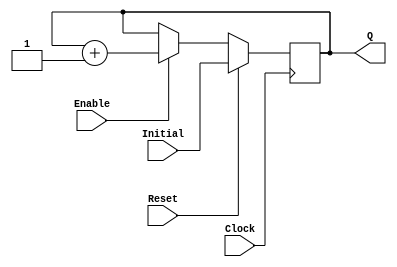
`timescale 1ns / 1ps
//------------------------------------------------
module UPCOUNTER_POSEDGE # (parameter SIZE=16)
(
input wire Clock, Reset,
input wire [SIZE-1:0] Initial,
input wire Enable,
output reg [SIZE-1:0] Q
);


  always @(posedge Clock )
  begin
      if (Reset)
        Q = Initial;
      else
		begin
		if (Enable)
			Q = Q + 1;
			
		end			
  end

endmodule
//----------------------------------------------------
module FFD_POSEDGE_SYNCRONOUS_RESET # ( parameter SIZE=8 )
(
	input wire				Clock,
	input wire				Reset,
	input wire				Enable,
	input wire [SIZE-1:0]	D,
	output reg [SIZE-1:0]	Q
);
	

always @ (posedge Clock) 
begin
	if ( Reset )
		Q <= 0;
	else
	begin	
		if (Enable) 
			Q <= D; 
	end	
 
end//always

endmodule


//----------------------------------------------------------------------